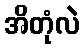
အိတုံလဲ